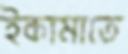
ইকামাতে